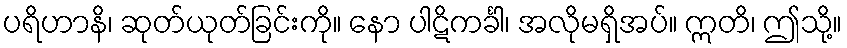
ပရိဟာနိ၊ ဆုတ်ယုတ်ခြင်းကို။ နော ပါဋိကင်္ခါ၊ အလိုမရှိအပ်။ ဣတိ၊ ဤသို့။